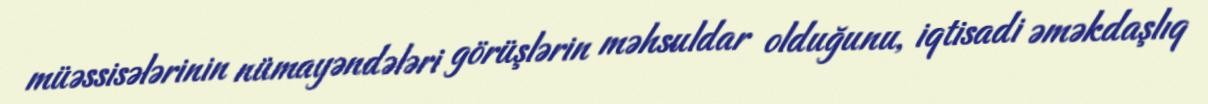
müəssisələrinin nümayəndələri görüşlərin məhsuldar olduğunu, iqtisadi əməkdaşlıq